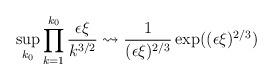
LaTeX: \begin{align*} \sup_{k_0} \prod_{k=1}^{k_0} \frac{\epsilon \xi}{k^{3/2}} \leadsto \frac{1}{(\epsilon \xi)^{2/3}}\exp((\epsilon \xi)^{2/3})\end{align*}